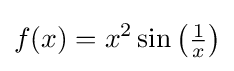
f(x)=x^{2}\sin \left({\tfrac {1}{x}}\right)